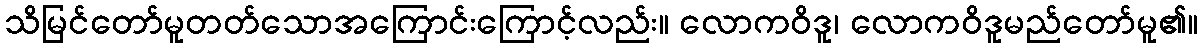
သိမြင်တော်မူတတ်သောအကြောင်းကြောင့်လည်း။ လောကဝိဒူ၊ လောကဝိဒူမည်တော်မူ၏။